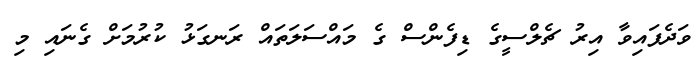
ވަދެފައިވާ އިރު ޗެލްސީގެ ޑިފެންސް ގެ މައްސަލަތައް ރަނގަޅު ކުރުމަށް ގެނައި މި